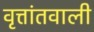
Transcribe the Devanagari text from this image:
वृत्तांतवाली